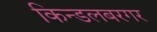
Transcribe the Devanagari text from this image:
किन्डलबरगर